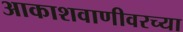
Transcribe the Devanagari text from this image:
आकाशवाणीवरच्‍या